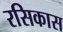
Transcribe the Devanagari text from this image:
रसिकास